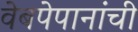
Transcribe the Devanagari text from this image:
वेबपेपानांची